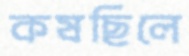
কষছিলে